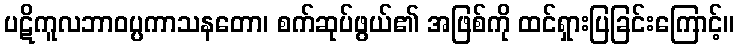
ပဋိကူလဘာဝပ္ပကာသနတော၊ စက်ဆုပ်ဖွယ်၏ အဖြစ်ကို ထင်ရှားပြခြင်းကြောင့်။